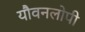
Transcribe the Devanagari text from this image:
यौवनलोपी